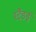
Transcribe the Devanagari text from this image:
स्टैंडर्ड्